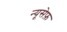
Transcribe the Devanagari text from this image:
न्यूसेफ़